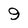
Character: 9